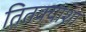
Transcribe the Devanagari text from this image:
तितक्याशा